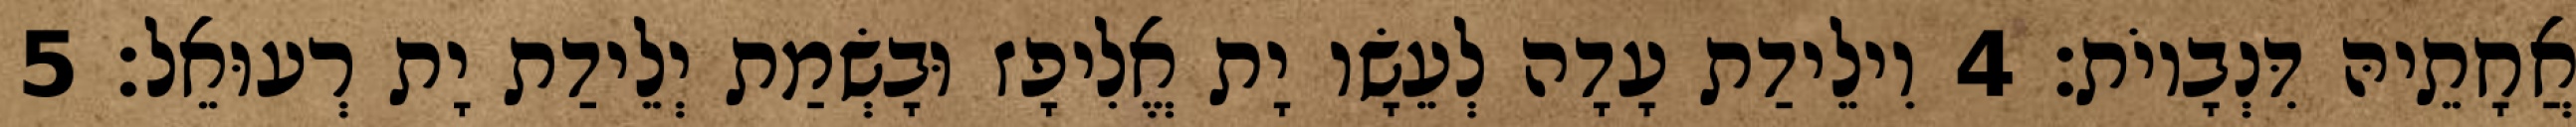
אֲחָתֵיהּ דִּנְבָיוֹת׃ 4 וִילֵידַת עָדָה לְעֵשָׂו יָת אֱלִיפָז וּבָשְׂמַת יְלֵידַת יָת רְעוּאֵל׃ 5